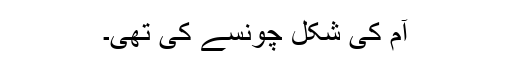
آم کی شکل چونسے کی تھی۔